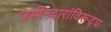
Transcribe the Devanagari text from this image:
जमीनदारांविरूद्घ